Civil Veterinary Department. United Provinces 1932-42 - 1932-1942
Year: 1932
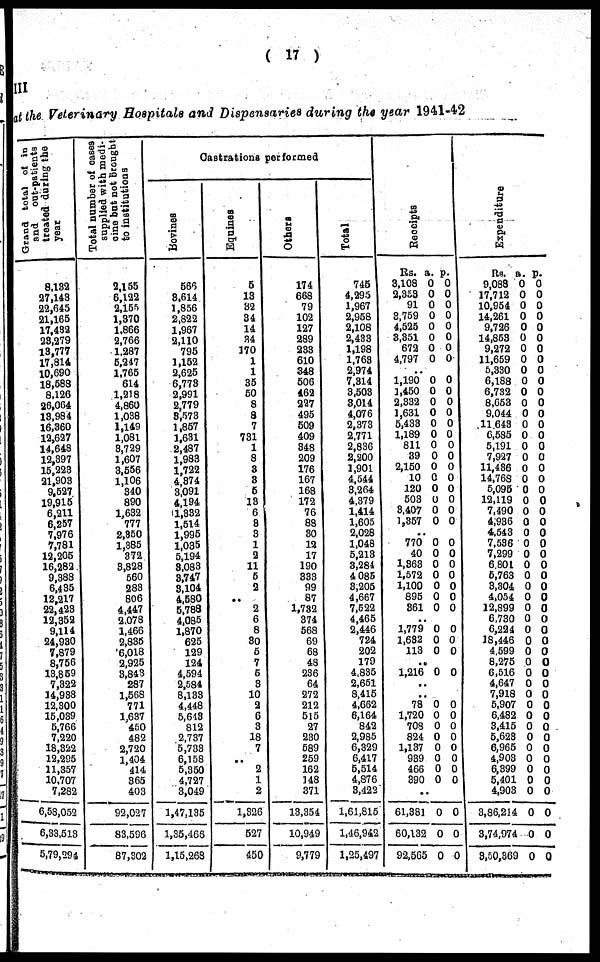
( 17 )
III
It the Veterinary Hospitals and Dispensaries during the year 1941-42
Grand total of in
and
out-patients
treated daring the
year
8.132
27,148
22,645
21,165
17,432
23,279
13,777
17,814
10,690
18,588
8,126
26,064
13,984
16,360
12,627
14,648
12,397
15,223
21,908
9,527
19,915
6,211
6,257
7,976
7,781
12,205
16,282
9,388
6,435
12,217
22,423
12,352
9,114
24,930
7,879
8,756
13,859
7,322
14,988
12,300
15,039
5,766
7,220
18,822
12,295
11,357
10,707
7,282
6,53,052
6,33,513
5,79,294
Total number of cases
supplied with medi-
cine bat not brought
to institutions
2,155
6,122
2,155
1,370
1,866
2,766
1,287
5,247
1,765
614
1,218
4,860
1,038
1,149
1,081
3,729
1,607
3,556
1,106
340
890
1,632
777
2,350
1,385
372
3,828
560
283
806
4,447
2,078
1,466
2,835
6,018
2,925
3,843
287
1,568
771
1,637
450
482
2,720
1,404
414
365
403
92,027
83,596
87,302
Castrations performed
Bovines
566
3,614
1,856
2,822
1,967
2,110
795
1,152
2,625
6,773
2,991
2,779
3,573
1,857
1,631
2,487
1,983
1,722
4,874
3,091
4,194
1,832
1,514
1,995
1,035
5,194
3,083
3,747
3,104
4,580
5,788
4,085
1,870
625
129
124
4,594
2,584
8,133
4,448
5,643
812
2,737
5,733
6,158
5,350
4,727
3,049
1,47,135
1,35,466
1,15,268
Equines
5
13
32
34
14
34
170
1
1
35
50
8
8
7
731
1
8
3
3
5
13
6
8
3
1
2
11
5
2
..
2
6
8
30
5
7
5
3
10
2
6
3
18
7
..
2
1
2
1,326
627
450
Others
174
668
79
102
127
289
233
610
348
506
462
227
495
509
409
348
209
176
167
168
172
76
88
30
12
17
190
333
99
87
1,732
374
568
69
68
48
236
64
272
212
515
27
230
589
259
162
148
371
13,354
10,949
9,779
Total
745
4,295
1,967
2,958
2,108
2,433
1,198
1,763
2,974
7,314
3,503
3,014
4,076
2,373
2,771
2,836
2,200
1,901
4,544
3,264
4,379
1,414
1,605
2,028
1,048
5,213
3,284
4 085
8,205
4,667
7,522
4,465
2,446
724
202
179
4,835
2,651
8,415
4,662
6,164
842
2,985
6,329
6,417
5,514
4,876
3,422
1,61,815
1,46,942
1,25,497
Receipts
Rs.
3,108
2,353
91
3,759
4,525
3,351
672
4,797
a.
0
0
0
0
0
0
0
0
p.
0
0
0
0
0
0
0
0
..
1,190
1,450
2,332
1,631
5,438
1,189
811
39
2,150
10
120
503
3,407
1,357
0
0
0
0
0
0
0
0
0
0
0
0
0
0
0
0
0
0
0
0
0
0
0
0
0
0
0
0
..
770
40
1,363
1,572
1,100
895
361
0
0
0
0
0
0
0
0
0
0
0
0
0
0
..
1,779
1,632
113
0
0
0
0
0
0
..
1,216 0 0
..
..
78
1,720
708
824
1,137
939
466
390
0
0
0
0
0
0
0
0
0
0
0
0
0
0
0
0
..
61,381
60,132
92,565
0
0
0
0
0
0
Expenditure
RS.
9,088
17,712
10,954
14,261
9,726
14,853
9,272
11,659
5,330
6,188
6,732
8,653
9,044
11,643
6,585
5,191
7,927
11,486
14,768
5,095
12,119
7,490
4,936
4,543
7,536
7,299
6,801
5,763
3,304
4,054
12,899
6,730
6,224
18,446
4,599
8,275
6,516
4,647
7,918
5,907
6,482
3,415
5,623
6,965
4,903
6,399
5,401
4,903
3,86,214
3,74,974
8,50,369
a.
0
0
0
0
0
0
0
0
0
0
0
0
0
0
0
0
0
0
0
0
0
0
0
0
0
0
0
0
0
0
0
0
0
0
0
0
0
0
0
0
0
0
0
0
0
0
0
0
0
0
0
p.
0
0
0
0
0
0
0
0
0
0
0
0
0
0
0
0
0
0
0
0
0
0
0
0
0
0
0
0
0
0
0
0
0
0
0
0
0
0
0
0
0
0
0
0
0
0
0
0
0
0
0